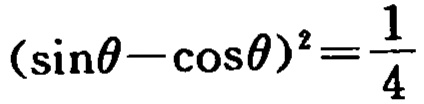
\((\sin\theta-\cos\theta)^{2}=\frac{1}{4}\)